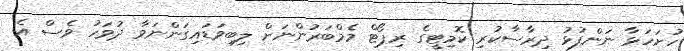
ހުށަހަޅާ ނަންފުޅު ދިރާސާކުރި ކޮމިޓީގެ ރިޕޯޓް މެމްބަރުންނަށް ލިބިވަޑައިގަންނަވާ ދުވަހު ވެސް އެ